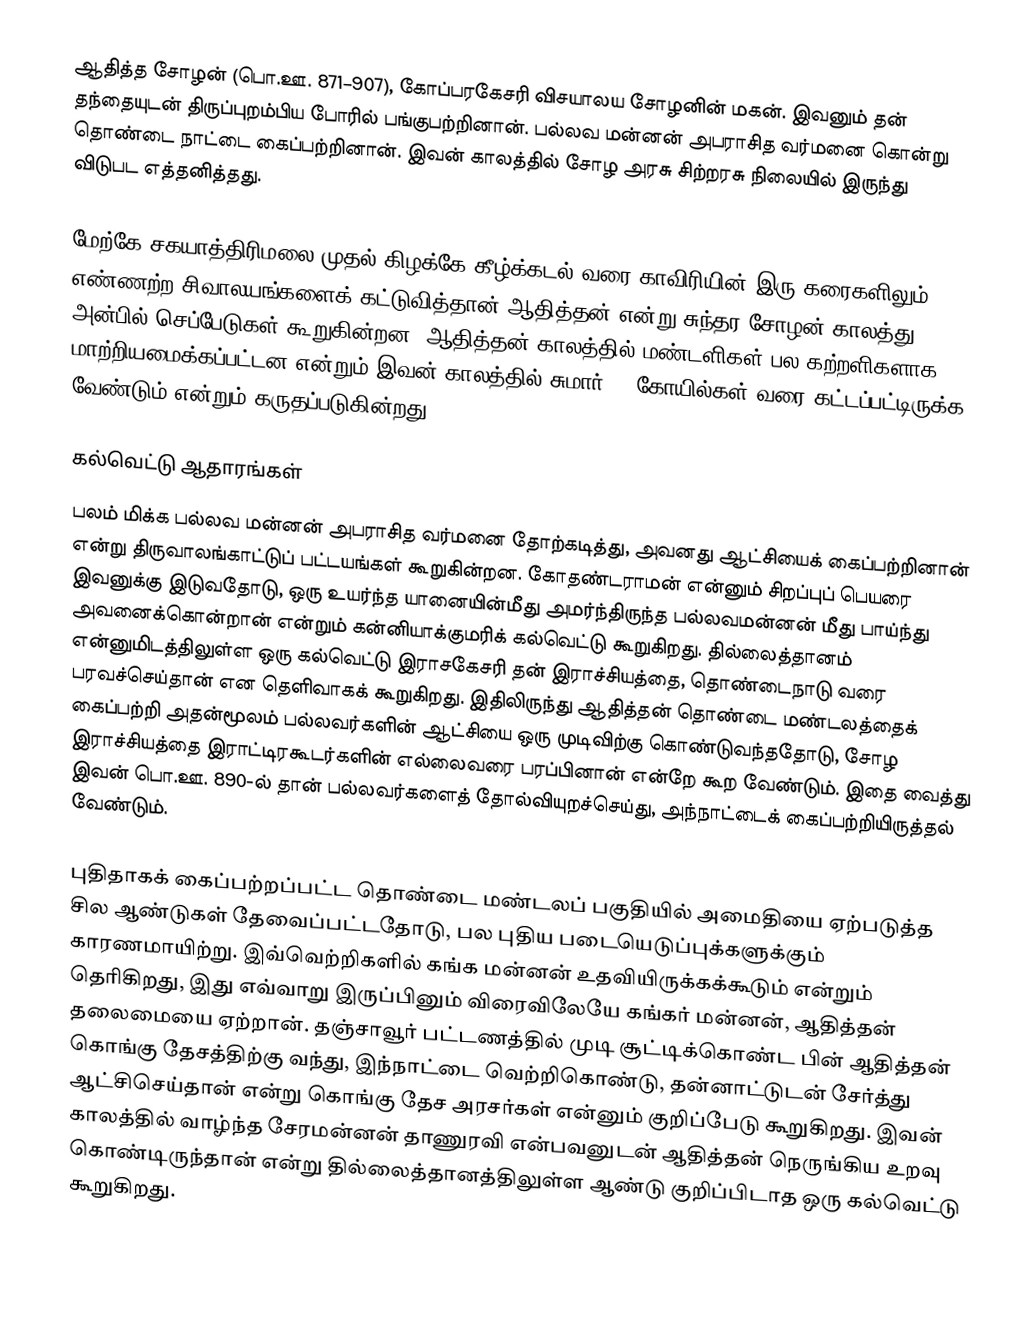
ஆதித்த சோழன் (பொ.ஊ. 871–907), கோப்பரகேசரி விசயாலய சோழனின் மகன். இவனும் தன் தந்தையுடன் திருப்புறம்பிய போரில் பங்குபற்றினான். பல்லவ மன்னன் அபராசித வர்மனை கொன்று தொண்டை நாட்டை கைப்பற்றினான். இவன் காலத்தில் சோழ அரசு சிற்றரசு நிலையில் இருந்து விடுபட எத்தனித்தது.

மேற்கே சகயாத்திரிமலை முதல் கிழக்கே கீழ்க்கடல் வரை காவிரியின் இரு கரைகளிலும் எண்ணற்ற சிவாலயங்களைக் கட்டுவித்தான் ஆதித்தன் என்று சுந்தர சோழன் காலத்து அன்பில் செப்பேடுகள் கூறுகின்றன. ஆதித்தன் காலத்தில் மண்டளிகள் பல கற்றளிகளாக மாற்றியமைக்கப்பட்டன என்றும் இவன் காலத்தில் சுமார் 50 கோயில்கள் வரை கட்டப்பட்டிருக்க வேண்டும் என்றும் கருதப்படுகின்றது.

கல்வெட்டு ஆதாரங்கள்
பலம் மிக்க பல்லவ மன்னன்  அபராசித வர்மனை தோற்கடித்து, அவனது ஆட்சியைக் கைப்பற்றினான் என்று திருவாலங்காட்டுப் பட்டயங்கள் கூறுகின்றன. கோதண்டராமன் என்னும் சிறப்புப் பெயரை இவனுக்கு இடுவதோடு, ஒரு உயர்ந்த யானையின்மீது அமர்ந்திருந்த பல்லவமன்னன் மீது பாய்ந்து அவனைக்கொன்றான் என்றும் கன்னியாக்குமரிக் கல்வெட்டு கூறுகிறது. தில்லைத்தானம் என்னுமிடத்திலுள்ள ஒரு கல்வெட்டு இராசகேசரி தன் இராச்சியத்தை, தொண்டைநாடு வரை பரவச்செய்தான் என தெளிவாகக் கூறுகிறது. இதிலிருந்து ஆதித்தன் தொண்டை மண்டலத்தைக் கைப்பற்றி அதன்மூலம் பல்லவர்களின் ஆட்சியை ஒரு முடிவிற்கு கொண்டுவந்ததோடு, சோழ இராச்சியத்தை இராட்டிரகூடர்களின் எல்லைவரை பரப்பினான் என்றே கூற வேண்டும். இதை வைத்து இவன் பொ.ஊ. 890-ல் தான் பல்லவர்களைத் தோல்வியுறச்செய்து, அந்நாட்டைக் கைப்பற்றியிருத்தல் வேண்டும்.

புதிதாகக் கைப்பற்றப்பட்ட தொண்டை மண்டலப் பகுதியில் அமைதியை ஏற்படுத்த சில ஆண்டுகள் தேவைப்பட்டதோடு, பல புதிய படையெடுப்புக்களுக்கும் காரணமாயிற்று. இவ்வெற்றிகளில் கங்க மன்னன் உதவியிருக்கக்கூடும் என்றும் தெரிகிறது, இது எவ்வாறு இருப்பினும் விரைவிலேயே கங்கர் மன்னன், ஆதித்தன் தலைமையை ஏற்றான். தஞ்சாவூர் பட்டணத்தில் முடி சூட்டிக்கொண்ட பின் ஆதித்தன் கொங்கு தேசத்திற்கு வந்து, இந்நாட்டை வெற்றிகொண்டு, தன்னாட்டுடன் சேர்த்து ஆட்சிசெய்தான் என்று கொங்கு தேச அரசர்கள் என்னும் குறிப்பேடு கூறுகிறது. இவன் காலத்தில் வாழ்ந்த சேரமன்னன் தாணுரவி என்பவனுடன் ஆதித்தன் நெருங்கிய உறவு கொண்டிருந்தான் என்று தில்லைத்தானத்திலுள்ள ஆண்டு குறிப்பிடாத ஒரு கல்வெட்டு கூறுகிறது.